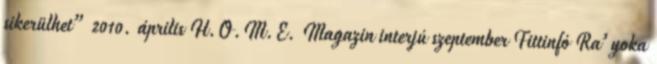
sikerülhet” 2010. április H.O.M.E. Magazin interjú szeptember Fittinfó Ra’yoka